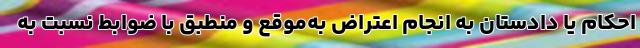
احکام یا دادستان به انجام اعتراض به‌موقع و منطبق با ضوابط نسبت به